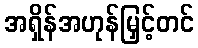
အရှိန်အဟုန်မြှင့်တင်